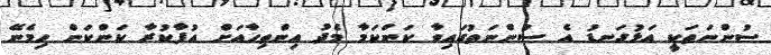
ސުންނަތަކީ އަޅުގަނޑު އެ ސުންނަތުގައިވާ ކަންކަމާ މެދު އިންތިހާއަށް އުފާކުރާ ކަންކަން ހިމެނޭ